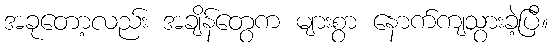
အခုတော့လည်း အချိန်တွေက များစွာ နောက်ကျသွားခဲ့ပြီ။